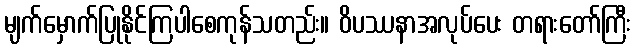
မျက်မှောက်ပြုနိုင်ကြပါစေကုန်သတည်း။ ဝိပဿနာအလုပ်ပေး တရားတော်ကြီး